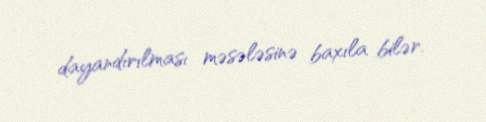
dayandırılması məsələsinə baxıla bilər.